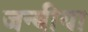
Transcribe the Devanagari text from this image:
जन्बीया